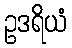
ဥဒရိယံ